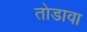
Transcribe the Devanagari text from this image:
तोडावा